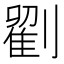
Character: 𭄒